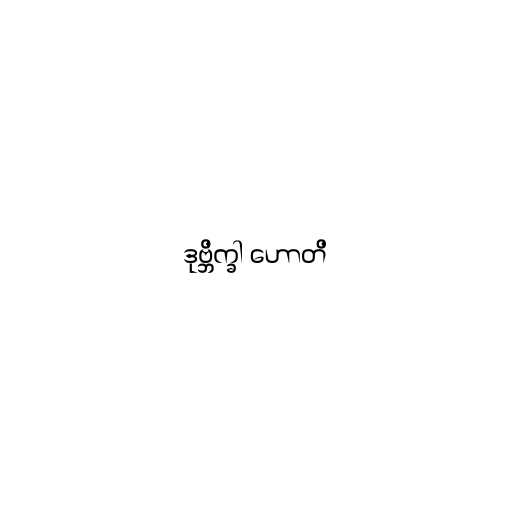
ဒုဗ္ဘိက္ခါ ဟောတိ